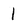
Character: 1